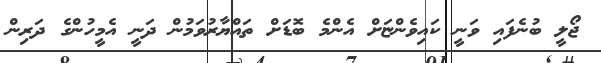
ޖޯލީ ބުނެފައި ވަނީ ކައިވެންޏަށް އެންމެ ބޮޑަށް ތައްޔާރުވަމުން ދަނީ އެމީހުންގެ ދަރިން